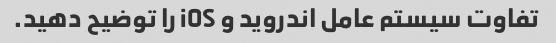
تفاوت سیستم عامل اندروید و iOS را توضیح دهید.